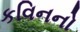
કવિનનો